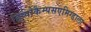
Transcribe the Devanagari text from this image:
हिप्पोकैम्पसएमिग्डाला